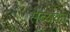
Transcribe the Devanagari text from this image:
सेव्यका